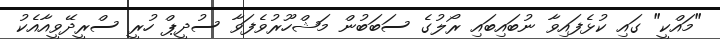
"މައްކީ" ގައި ކުޅެފައިވާ ނުބައިބައި ރޯލުގެ ސަބަބުން މަޝްހޫރުވެފަވާ ސުދީޕް ހުރީ ސްރީދޭވީއާއެކު